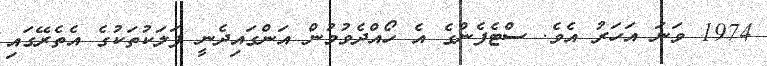
1974 ވަނަ އަހަރު އެވެ. ސްޓެފެންގެ އެ ހޯއްދެވުމުން އަންގައިދެނީ ފަލަކުތަކުގެ އެތެރޭގައި